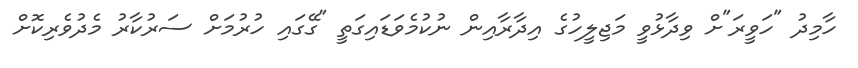
ހާމިދު "ހަވީރަ"ށް ވިދާޅުވީ މަޖިލީހުގެ އިދާރާއިން ނުކުމެވަޑައިގަތީ "ގޭގައި ހުރުމަށް ސަރުކާރު މެދުވެރިކޮށް